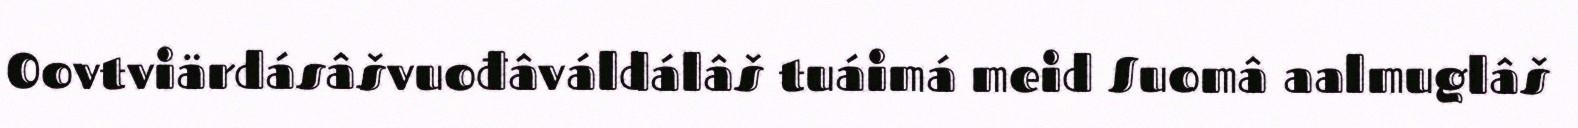
Oovtviärdásâšvuođâváldálâš tuáimá meid Suomâ aalmuglâš